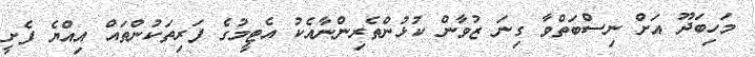
މަހިބަދޫ އަށް ނިސްބަތްވާ ގިނަ ޒުވާން ކުޅުންތެރިންނާއެކު އެޓީމުގެ ފަރިތަކުންތައް އިއްޔެ ފެށީ